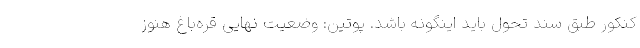
کنکور طبق سند تحول باید اینگونه باشد. پوتین: وضعیت نهایی قره‌باغ هنوز